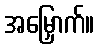
အမြှောက်။